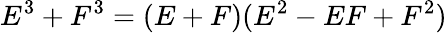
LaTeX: E^{3}+F^{3}=(E+F)(E^{2}-EF+F^{2})